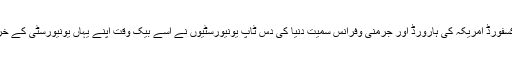
لندن کی کیمبرج اور آکسفورڈ امریکہ کی ہارورڈ اور جرمنی وفرانس سمیت دنیا کی دس ٹاپ یونیورسٹیوں نے اسے بیک وقت اپنے یہاں یونیورسٹی کے خرچ پر داخلے آفر کیے۔